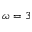
\omega = 3